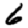
Digit: 6